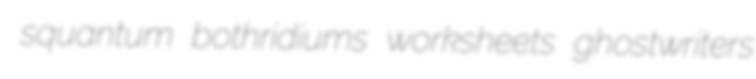
squantum bothridiums worksheets ghostwriters